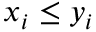
x _ { i } \leq y _ { i }